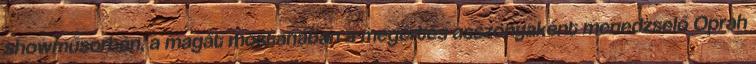
showműsorban, a magát mostanában a megértés asszonyaként menedzselő Oprah